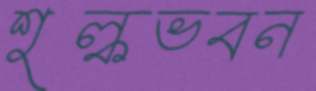
শুল্কভবন